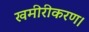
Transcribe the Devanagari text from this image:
खमीरीकरण।